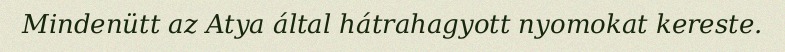
Mindenütt az Atya által hátrahagyott nyomokat kereste.